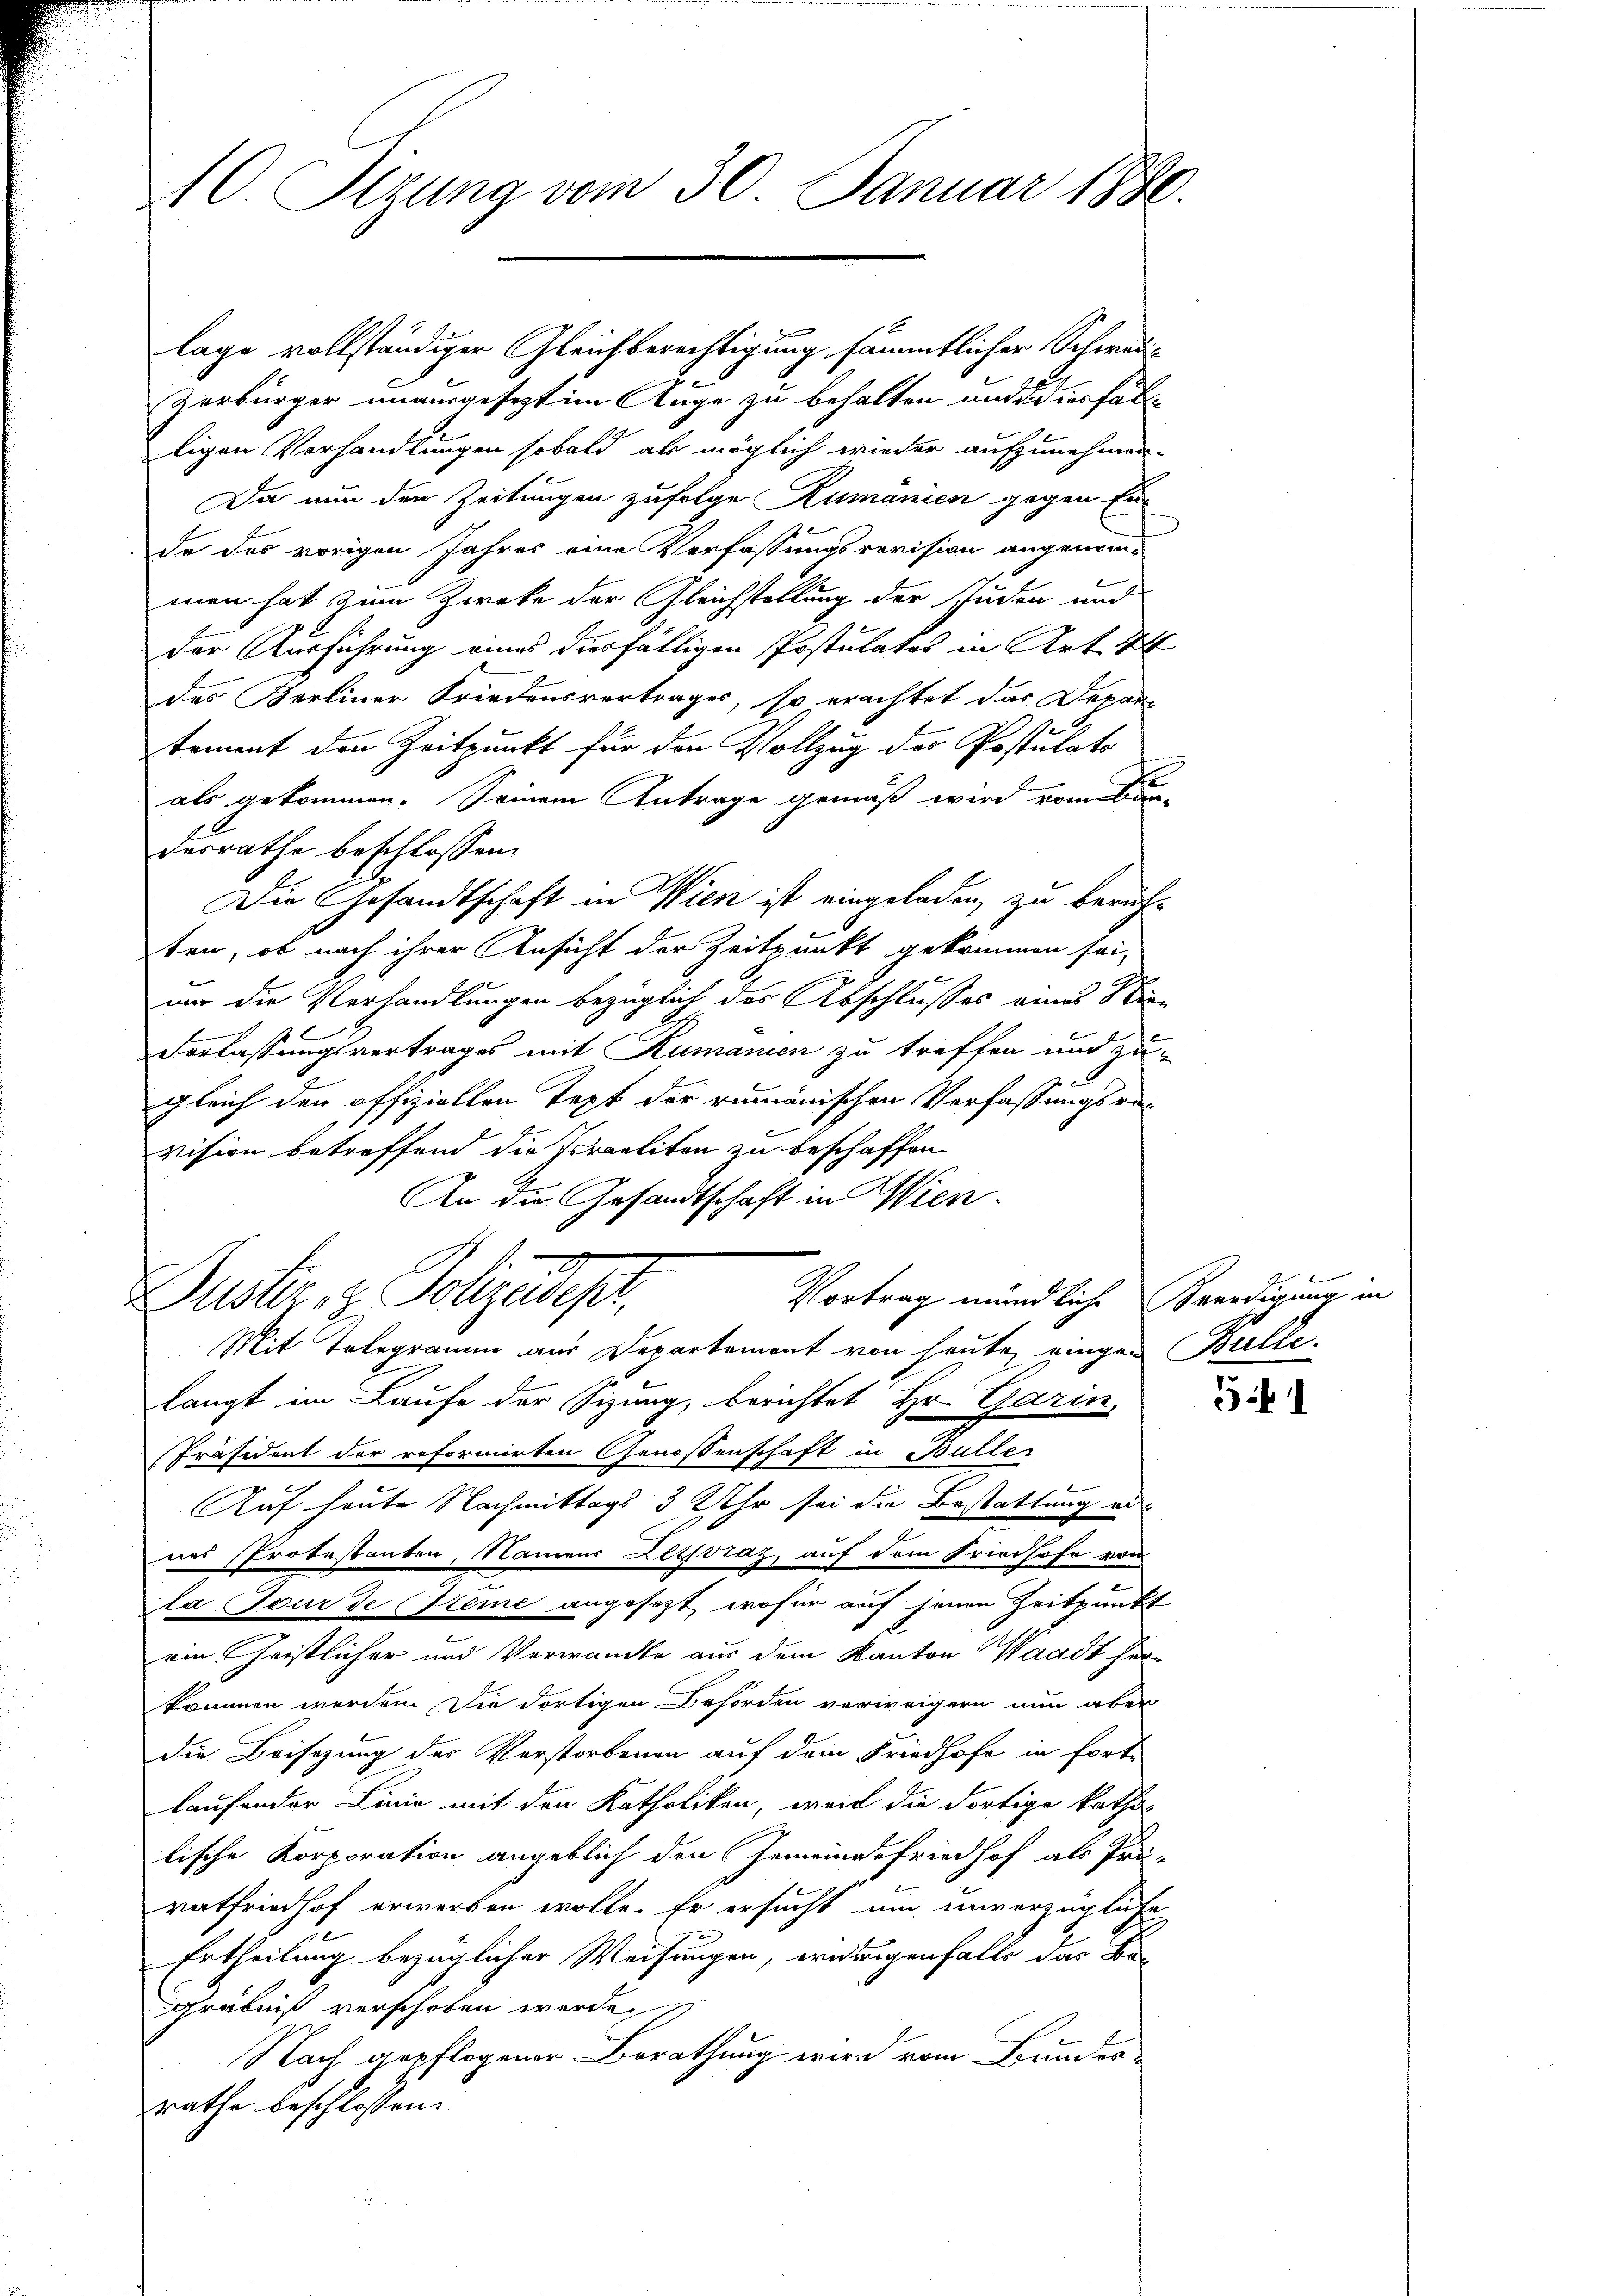
10. Sizung vom 30. Januar 1890.

lage vollständiger Gleichberechtigung sämmtlicher Schwadi¬
Zerbürger unausgesezt im Auge zu behalten und diesfällligen Verhandlungen sobald als möglich wieder aufzunehmen.
Da nun den Zeitungen zufolge Rumanien gegen En
de des vorigen Jahres eine Verfassungsrevision angenom-
men hat zum Zweke der Gleichstellung der Juden und
der Ausführung eines diesfälligen Postulates in Art. 44
das Berliner Friedensvertrages, so erachtet das Depar-
tement den Zeitpunkt für den Vollzug des Postulats
als gekommen. Seinem Antrage gemäß wird vom Bundesrathe beschlossen:
Die Gesandtschaft in Wien ist eingeladen, zu berühten, ob nach ihrer Ansicht der Zeitpunkt gekommen sei,
nur die Verhandlungen bezüglich des Abschlusses eines Nie¬
.
Vorlassungsvertrages mit Rumanien zu treffen und zu-
gleich der offiziellen Topf der rumänischen Verfassungsravision betreffend die Israeliten zu beschaffen.
An die Gesandtschaft in Wien.
Vortrag mündliche Beerdigung in
Puster, u. Polizeideper,
Mit Telegramm aus Departement von heute eingen Bullelangt im Laufe der Sizung, berichtet Hr. Garin,
Präsident der reformirten Genossenschaft in Bülle
Auf heute Nachmittags 3 Uhr sei die Bestattung un
nes Probestanten, Namens Leistraz, auf dem Friedhofe von
la Tour de Steine angesezt, wofür auf jenen Zeitpunkt
von Geistlicher und Verwandte aus dem Kanton Waadt herkommen werden Die dortigen Behörden verweigern nun aber
die Beisezung des Verstorbenen auf dem Friedhofe in fort-
laufonder Linie mit den Katholikon, weil die dortige katho-
lische Korporation angeblich den Gemeindefriedhof als Prü-
ratfriedhof erwerben wolle. Er ersucht um unverzügliche
Ertheilung bezüglicher Weisungen, widrigenfalls das Be-
gräbniß verschoben werde
Nach gepflogener Berathung wird vom Bundes
rathe beschlossen:

e

51